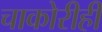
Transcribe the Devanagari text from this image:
चाकोरीही